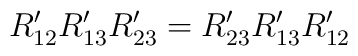
R'_{12}R'_{13}R'_{23}=R'_{23}R'_{13}R'_{12}